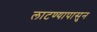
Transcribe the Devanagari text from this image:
लाटण्यापासुन